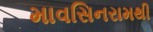
માવસિનરામથી